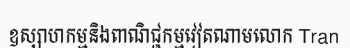
ឧស្សាហកម្មនិងពាណិជ្ជកម្មវៀតណាមលោក Tran